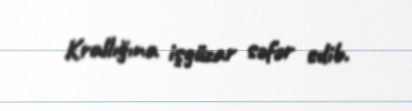
Krallığına işgüzar səfər edib.